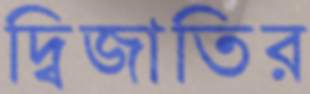
দ্বিজাতির